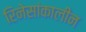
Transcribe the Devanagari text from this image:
रिनेसांकालीन